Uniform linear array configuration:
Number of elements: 12
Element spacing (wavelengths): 0.75
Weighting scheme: hamming
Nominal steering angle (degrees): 60
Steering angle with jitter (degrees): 61.386
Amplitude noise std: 0.05
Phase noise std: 0.05

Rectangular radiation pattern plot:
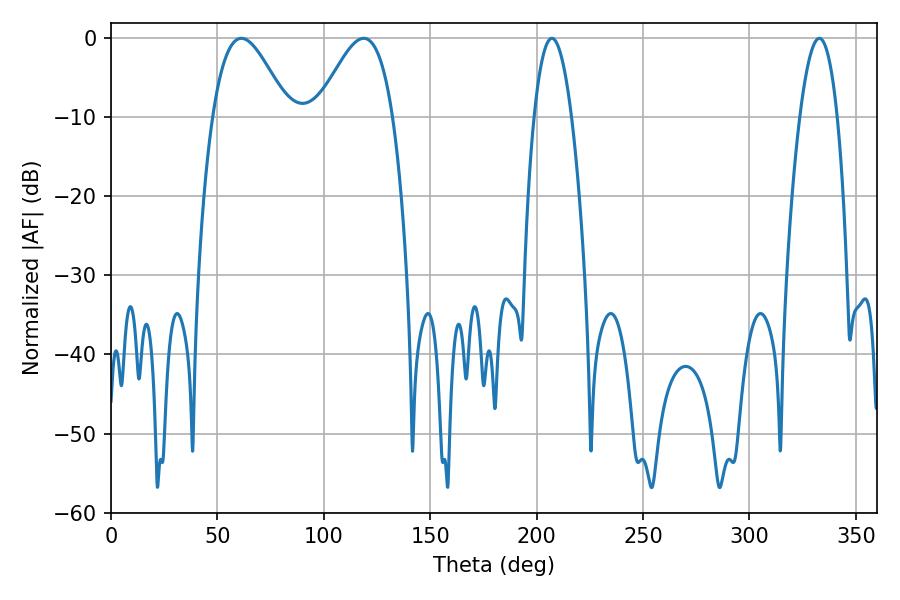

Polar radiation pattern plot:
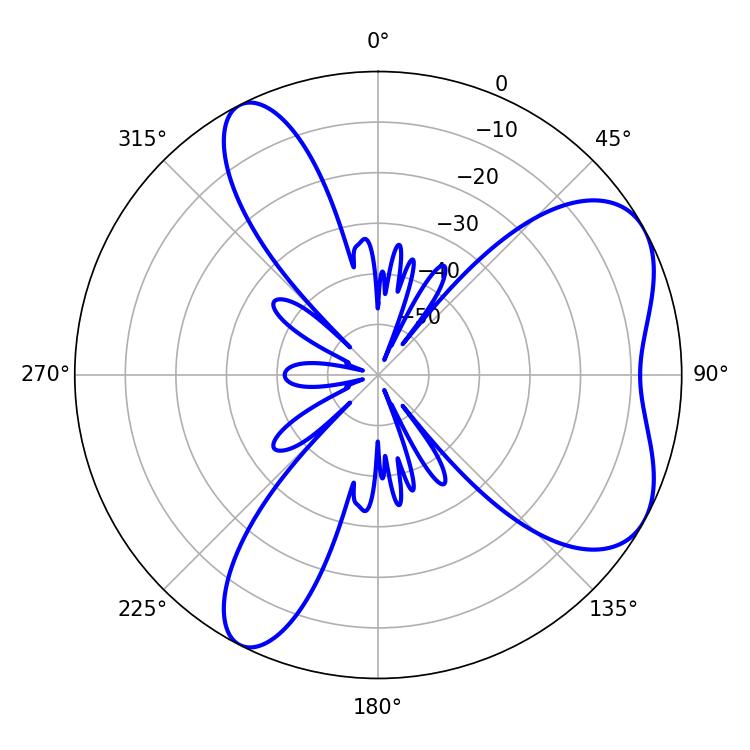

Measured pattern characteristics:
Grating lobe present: TRUE
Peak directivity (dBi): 5.956
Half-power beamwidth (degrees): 9.72
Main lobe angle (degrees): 207.18